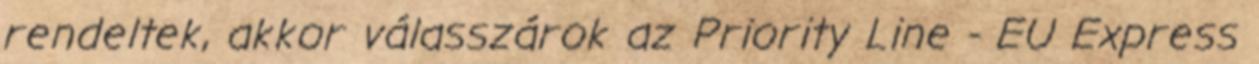
rendeltek, akkor válasszárok az Priority Line - EU Express